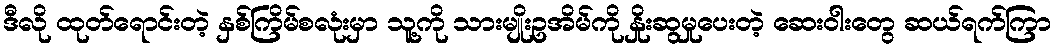
ဒီလို ထုတ်ရောင်းတဲ့ နှစ်ကြိမ်စလုံးမှာ သူ့ကို သားမျိုးဥအိမ်ကို နှိုးဆွမှုပေးတဲ့ ဆေးဝါးတွေ ဆယ်ရက်ကြာ